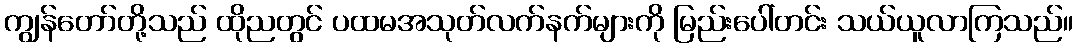
ကျွန်တော်တို့သည် ထိုညတွင် ပထမအသုတ်လက်နက်များကို မြည်းပေါ်တင်း သယ်ယူလာကြသည်။